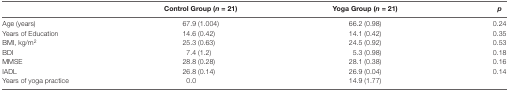
<table><thead><tr><td></td><td><b>Control Group (<i>n</i> = 21)</b></td><td><b>Yoga Group (<i>n</i> = 21)</b></td><td><b><i>p</i></b></td></tr></thead><tbody><tr><td>Age (years)</td><td>67.9 (1.004)</td><td>66.2 (0.98)</td><td>0.24</td></tr><tr><td>Years of Education</td><td>14.6 (0.42)</td><td>14.1 (0.42)</td><td>0.35</td></tr><tr><td>BMI, kg/m<sup>2</sup></td><td>25.3 (0.63)</td><td>24.5 (0.92)</td><td>0.53</td></tr><tr><td>BDI</td><td>7.4 (1.2)</td><td>5.3 (0.98)</td><td>0.18</td></tr><tr><td>MMSE</td><td>28.8 (0.28)</td><td>28.1 (0.38)</td><td>0.16</td></tr><tr><td>IADL</td><td>26.8 (0.14)</td><td>26.9 (0.04)</td><td>0.14</td></tr><tr><td>Years of yoga practice</td><td>0.0</td><td>14.9 (1.77)</td><td></td></tr></tbody></table>